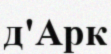
д'Арк